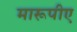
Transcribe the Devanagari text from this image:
मारूपीए